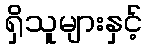
ရှိသူများနှင့်